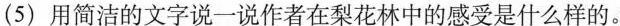
(5)用简洁的文字说一说作者在梨花林中的感受是什么样的。